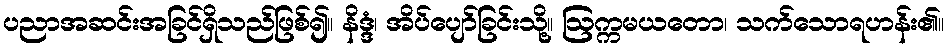
ပညာအဆင်းအခြင်ရှိသည်ဖြစ်၍။ နိဒ္ဒံ၊ အိပ်ပျော်ခြင်းသို့။ ဩက္ကမယတော၊ သက်သောရဟန်း၏။